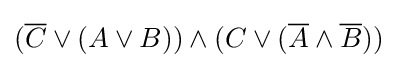
({\overline {C}}\vee (A\vee B))\wedge (C\vee ({\overline {A}}\wedge {\overline {B}}))